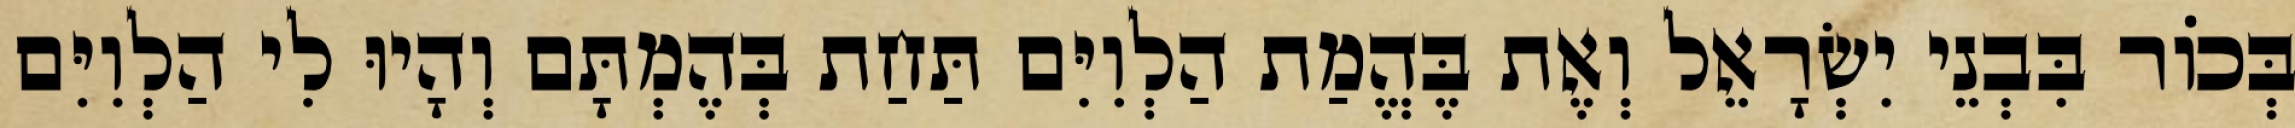
בְּכוֹר בִּבְנֵי יִשְׂרָאֵל וְאֶת בֶּהֱמַת הַלְוִיִּם תַּחַת בְּהֶמְתָּם וְהָיוּ לִי הַלְוִיִּם